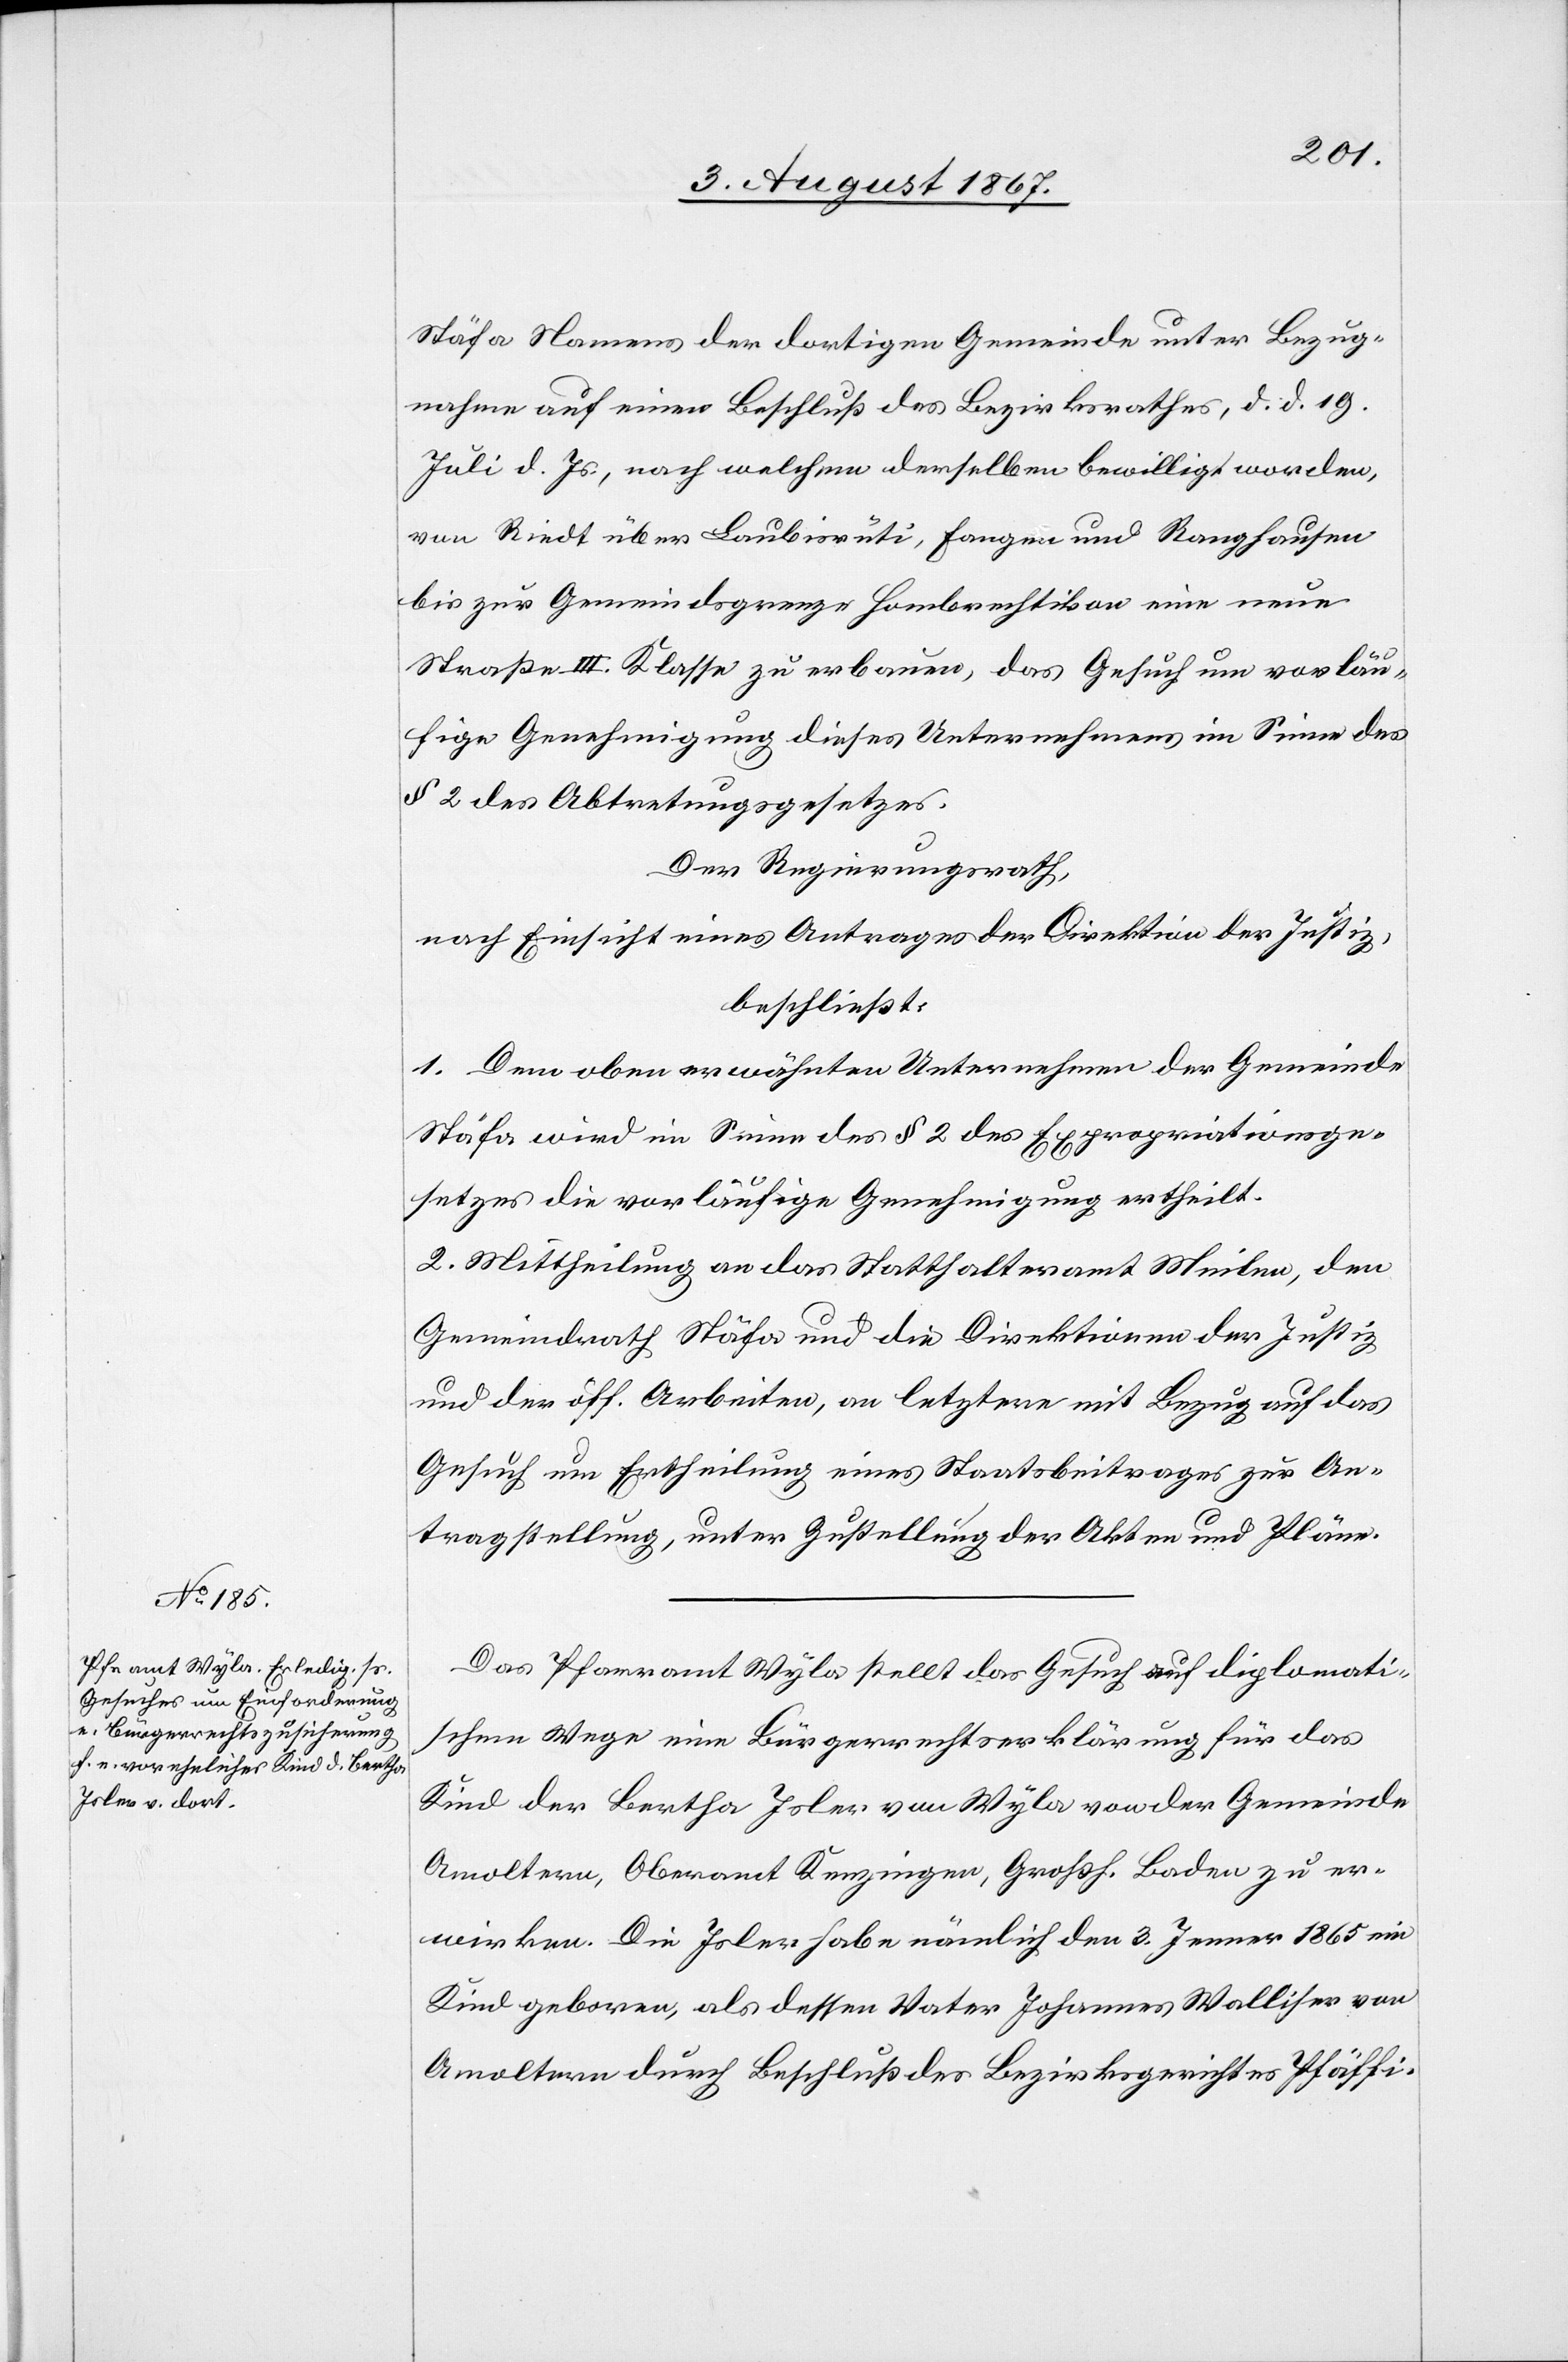
Stäfa Namens der dortigen Gemeinde unter Bezug¬
nahme auf einen Beschluß des Bezirksrathes, d. d. 19.
Juli d. Js., nach welchem derselben bewilligt worden,
von Riedt über Laubisrüti, Fange und Ranghausen
bis zur Gemeindsgrenze Hombrechtikon eine neue
Straße III. Klasse zu erbauen, das Gesuch um vorläu¬
fige Genehmigung dieses Unternehmens im Sinne des
§ 2 des Abtretungsgesetzes.
Der Regierungsrath,
nach Einsicht eines Antrages der Direktion der Justiz,
beschließt:
1. Dem oben erwähnten Unternehmen der Gemeinde
Stäfa wird im Sinne des § 2 des Expropriationsge¬
setzes die vorläufige Genehmigung ertheilt.
2. Mittheilung an das Statthalteramt Meilen, den
Gemeindrath Stäfa und die Direktionen der Justiz
und der öff. Arbeiten, an letztere mit Bezug auf das
Gesuch um Ertheilung eines Staatsbeitrages zur An¬
tragstellung, unter Zustellung der Akten und der Pläne.
Das Pfarramt Wyla stellt das Gesuch auf diplomati¬
schem Wege eine Bürgerrechtserklärung für das
Kind der Bertha Isler von Wyla von der Gemeinde
Amoldtern, Oberamt Kenzingen, Großh. Baden zu er¬
wirken. Die Isler habe nämlich den 3. Jenner 1865 ein
Kind geboren, als dessen Vater Johannes Walliser von
Amoltern durch Beschluß des Bezirksgerichtes Pfäffi-